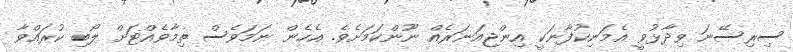
ސިރިސޭނަ ވިދާޅުވީ އެމަނިކުފާނަކީ އިންޖިއަނަރެއް ނޫންކަމަށެވެ. އެހެން ނަމަވެސް ތިމާވެއްޓަށް ލޯބި ކުރައްވާ